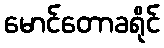
မောင်တောခရိုင်